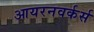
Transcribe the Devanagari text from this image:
आयरनवर्कर्स